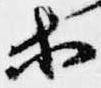
等